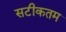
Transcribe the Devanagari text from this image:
सटीकतम